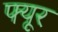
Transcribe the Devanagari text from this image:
फ्यूर